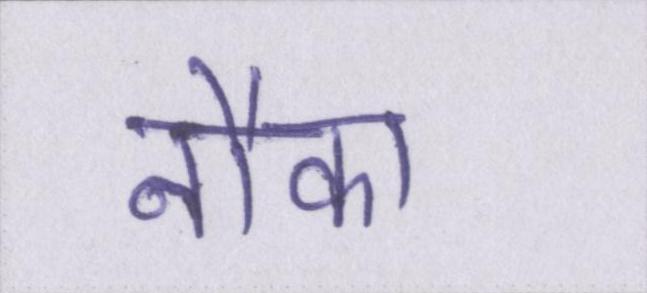
नौका